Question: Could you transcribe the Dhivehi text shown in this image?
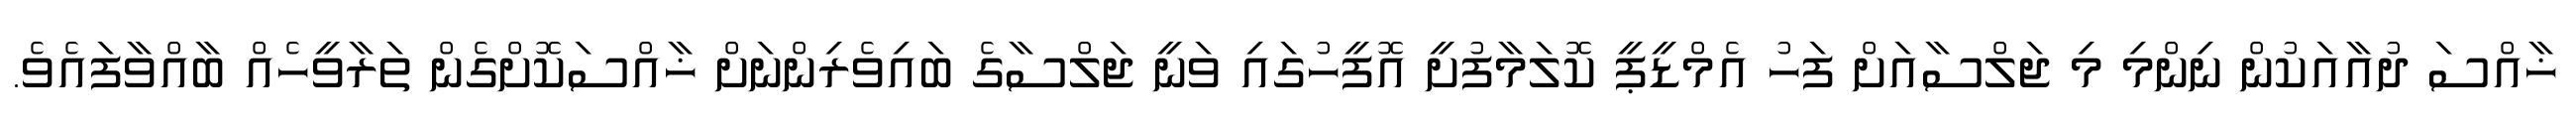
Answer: ޚާއްސަ ދުއާއަކުން ނިންމި މި ޖަލްސާއަށް ފަހު އެމްޑީޕީ ކޮލަމާފުށީ އޮފީހުގައި ވަނީ ޖަލްސާގެ ބައިވެރިންނަށް ޚާއްސަކޮށްގެން ތަރާވީހެއް ބާއްވާފައެވެ.